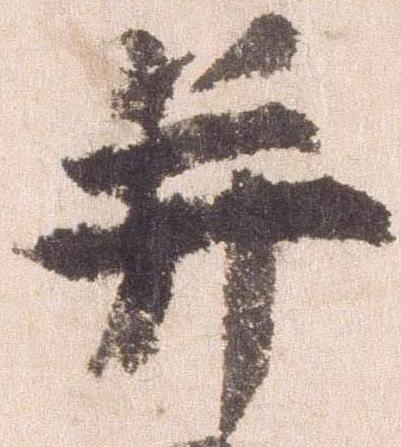
并